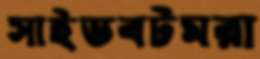
সাইডবটমরা